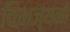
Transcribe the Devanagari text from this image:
विभज्यनो